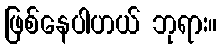
ဖြစ်နေပါဟယ် ဘုရား။